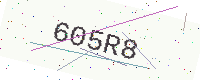
Text: 605R8